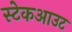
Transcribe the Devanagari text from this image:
स्टेकआउट